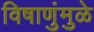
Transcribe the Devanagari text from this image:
विषाणुंमुळे